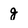
Character: g